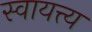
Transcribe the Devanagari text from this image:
स्वायत्त्य